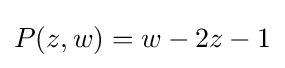
P(z,w)=w-2z-1